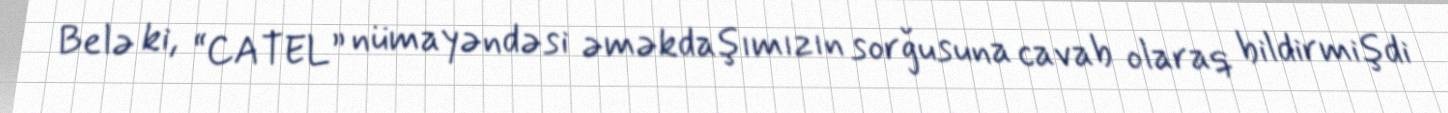
Belə ki, “CATEL” nümayəndəsi əməkdaşımızın sorğusuna cavab olaraq bildirmişdi